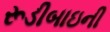
રૂડીબાઇની